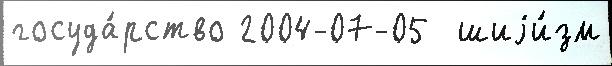
госуда́рство 2004-07-05  шиjи́зм